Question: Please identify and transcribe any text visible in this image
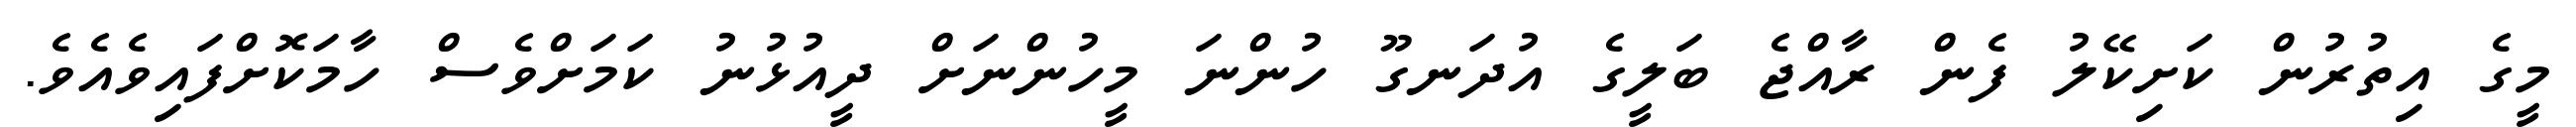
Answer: މީގެ އިތުރުން ކަށިކޭލު ފެން ރާއްޖެ ބަލީގެ އުދަނގޫ ހުންނަ މީހުންނަށް ދީއުޅުނު ކަމަށްވެސް ހާމަކޮށްފައިވެއެވެ.